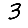
Digit: 3